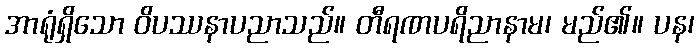
အာရုံရှိသော ဝိပဿနာပညာသည်။ တီရဏပရိညာနာမ၊ မည်၏။ ပန၊